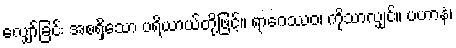
လျှော်ခြင်း အစရှိသော ပရိယာယ်တို့ဖြင့်။ ရာဂေဿဝ၊ ကိုသာလျှင်။ ပဟာနံ၊